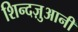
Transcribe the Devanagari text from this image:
शिन्दज़ुआनी